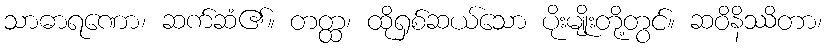
သာဓာရဏော၊ ဆက်ဆံ၏။ တတ္ထ၊ ထိုရှစ်ဆယ်သော ပိုးမျိုးတို့တွင်။ ဆဝိနိဿိတာ၊